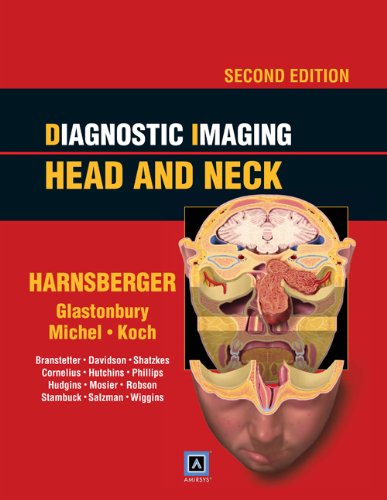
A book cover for Diagnostic Imaging: Head and Neck: Published by Amirsys (Diagnostic Imaging (Lippincott)); H. Ric Harnsberger MD; Medical Books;